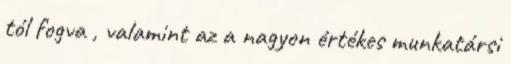
tól fogva , valamint az a nagyon értékes munkatársi